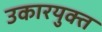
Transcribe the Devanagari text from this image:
उकारयुक्त